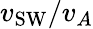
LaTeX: v_{\textrm{SW}}/v_{A}